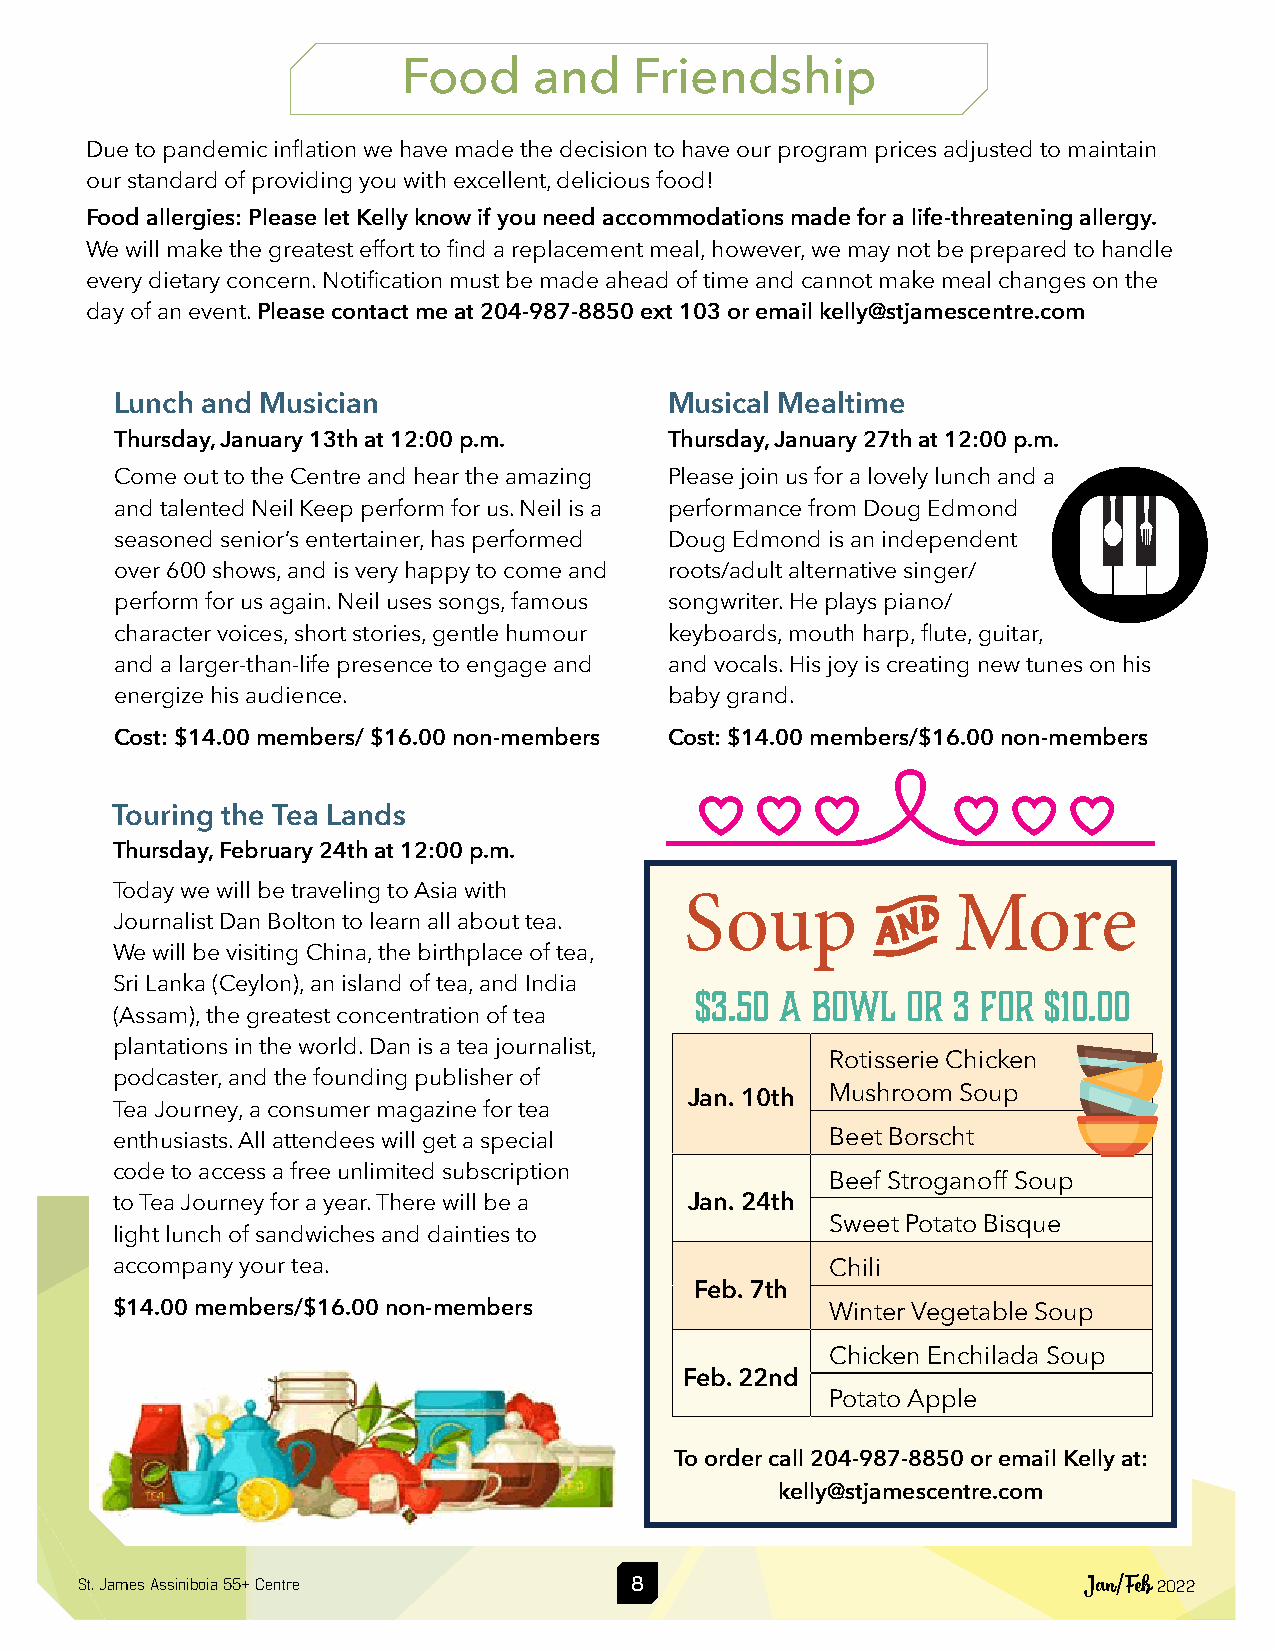
Food    and    Friendship
 Due to pandemic inflation we have made the decision to have our program prices adjusted to maintain
 our standard of providing you with excellent, delicious food!
 Food allergies: Please let Kelly know if you need accommodations made for a life-threatening allergy.
 We will make the greatest effort to find a replacement meal, however, we may not be prepared to handle
 every dietary concern. Notification must be made ahead of time and cannot make meal changes on the
 day of an event. Please contact me at 204-987-8850 ext 103 or email kelly@stjamescentre.com
 Lunch and Musician                  Musical Mealtime
 Thursday, January 13th at 12:00 p.m. Thursday, January 27th at 12:00 p.m.
 Come out to the Centre and hear the amazing Please join us for a lovely lunch and a
 and talented Neil Keep perform for us. Neil is a performance from Doug Edmond
 seasoned senior’s entertainer, has performed Doug Edmond is an independent
 over 600 shows, and is very happy to come and roots/adult alternative singer/
 perform for us again. Neil uses songs, famous songwriter. He plays piano/
 character voices, short stories, gentle humour keyboards, mouth harp, flute, guitar,
 and a larger-than-life presence to engage and and vocals. His joy is creating new tunes on his
 energize his audience.              baby grand.
 Cost: $14.00 members/ $16.00 non-members Cost: $14.00 members/$16.00 non-members
 Touring the Tea Lands
 Thursday, February 24th at 12:00 p.m.
 Today we will be traveling to Asia with Soup       A    More
 Journalist Dan Bolton to learn all about tea.
 We will be visiting China, the birthplace of tea,
 Sri Lanka (Ceylon), an island of tea, and India
 $3.50 a bowl  or 3 for $10.00
 (Assam), the greatest concentration of tea
 plantations in the world. Dan is a tea journalist,
 Rotisserie Chicken
 podcaster, and the founding publisher of
 Mushroom Soup
 Jan. 10th
 Tea Journey, a consumer magazine for tea
 enthusiasts. All attendees will get a special   Beet Borscht
 code to access a free unlimited subscription
 Beef Stroganoff Soup
 to Tea Journey for a year. There will be a Jan. 24th
 Sweet Potato Bisque
 light lunch of sandwiches and dainties to
 accompany your tea.                             Chili
 Feb. 7th
 $14.00 members/$16.00 non-members               Winter Vegetable Soup
 Chicken Enchilada Soup
 Feb. 22nd
 Potato Apple
 To order call 204-987-8850 or email Kelly at:
 kelly@stjamescentre.com
 St. James Assiniboia 55+ Centre      8                             Jan/Feb 2022